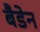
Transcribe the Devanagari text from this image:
बैडेन